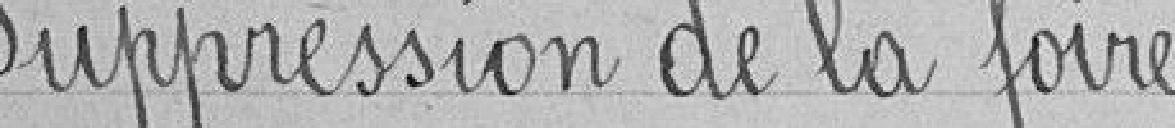
Suppression de la foire